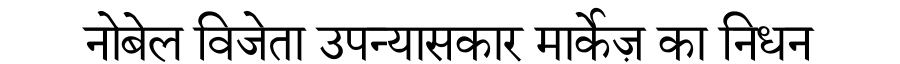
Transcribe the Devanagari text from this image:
नोबेल विजेता उपन्यासकार मार्केज़ का निधन